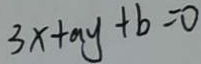
3 x + a y + b = 0